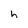
Character: h